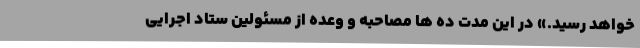
خواهد رسید.» در این مدت ده ها مصاحبه و وعده از مسئولین ستاد اجرایی